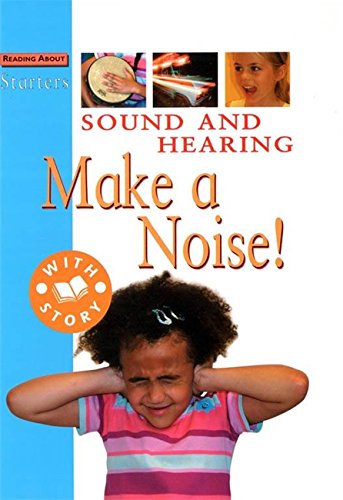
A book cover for Sound and Hearing: Make a Noise! (Starters); Jim Pipe; Children's Books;